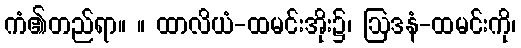
ကံ၏တည်ရာ။ ။ ထာလိယံ-ထမင်းအိုး၌၊ ဩဒနံ-ထမင်းကို၊